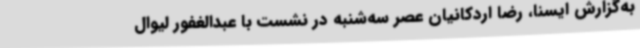
به‌گزارش ایسنا، رضا اردکانیان عصر سه‌شنبه در نشست با عبدالغفور لیوال